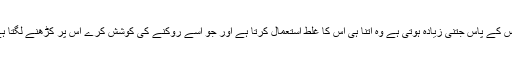
جس کے پاس جتنی زیادہ ہوتی ہے وہ اتنا ہی اس کا غلط استعمال کرتا ہے اور جو اسے روکنے کی کوشش کرے اس پر کڑھنے لگتا ہے۔